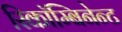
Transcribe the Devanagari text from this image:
रिकॉम्बिनेन्ट